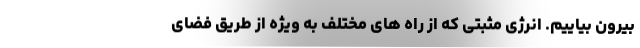
بیرون بیاییم. انرژی مثبتی که از راه های مختلف به ویژه از طریق فضای